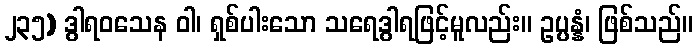
၂၃၅) ဒွါရဝသေန ဝါ၊ ရှစ်ပါးသော သရေဒွါရဖြင့်မူလည်း။ ဥပ္ပန္နံ၊ ဖြစ်သည်။